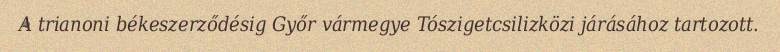
A trianoni békeszerződésig Győr vármegye Tószigetcsilizközi járásához tartozott.